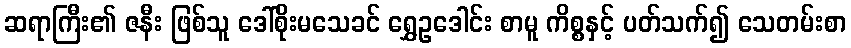
ဆရာကြီး၏ ဇနီး ဖြစ်သူ ဒေါ်စိုးမသေခင် ရွှေဥဒေါင်း စာမူ ကိစ္စနှင့် ပတ်သက်၍ သေတမ်းစာ